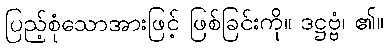
ပြည့်စုံသောအားဖြင့် ဖြစ်ခြင်းကို။ ဒဋ္ဌဗ္ဗံ၊ ၏။